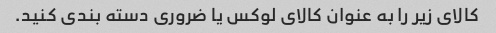
کالای زیر را به عنوان کالای لوکس یا ضروری دسته بندی کنید.